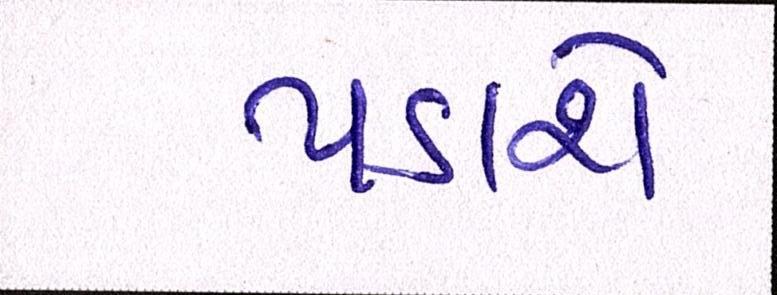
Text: પડાશે